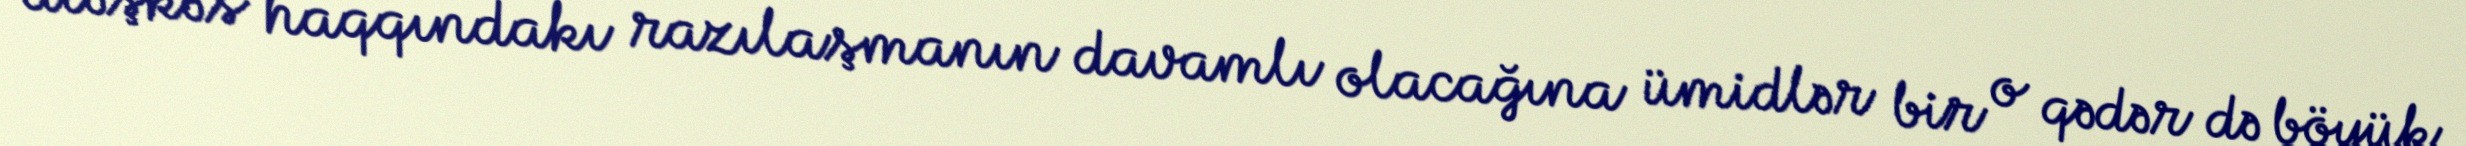
atəşkəs haqqındakı razılaşmanın davamlı olacağına ümidlər bir o qədər də böyük